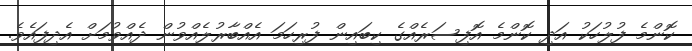
ކޮންމެ ފުލުހަކު އަދި ކޮންމެ އޮފިސަރެއްގެ ކިބައިން ފުރިހަމަ އެއްބާރުލެއްވުން ދެއްވުމަށް އެދިފައެވެ.